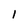
Character: 1